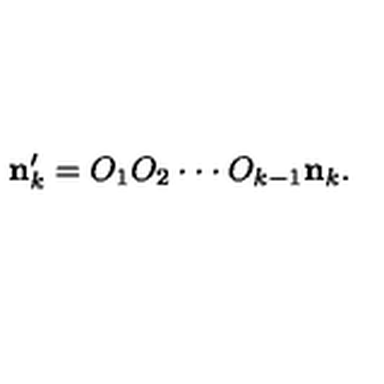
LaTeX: { \bf n } _ { k } ^ { \prime } = O _ { 1 } O _ { 2 } \cdot \cdot \cdot O _ { k - 1 } { \bf n } _ { k } .